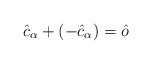
LaTeX: \begin{align*}\hat{c}_{\alpha} + (-\hat{c}_{\alpha}) = \hat{o}\end{align*}